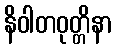
နိဝါတဝုတ္တိနာ